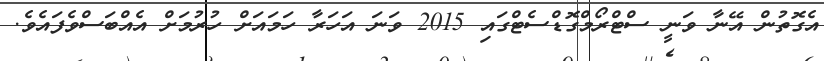
އެގޮތުން އޭނާ ވަނީ ސްޓްރޯމްގޮޑްސެޓްގައި 2015 ވަނަ އަހަރާ ހަމައަށް ހުރުމަށް އެއްބަސްވެފައެވެ.